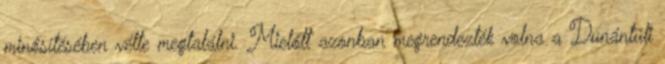
minősítésében vélte megtalálni. Mielőtt azonban megrendezték volna a Dunántúli